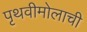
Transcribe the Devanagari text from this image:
पृथवीमोलाची